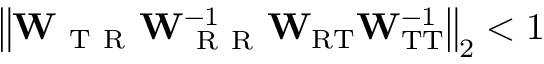
\left\Vert \mathbf { W } _ { \mathrm { ~ T ~ R ~ } } \mathbf { W } _ { \mathrm { ~ R ~ R ~ } } ^ { - 1 } \mathbf { W } _ { \mathrm { R T } } \mathbf { W } _ { \mathrm { T T } } ^ { - 1 } \right\Vert _ { 2 } < 1